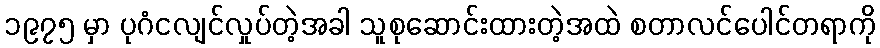
၁၉၇၅ မှာ ပုဂံငလျင်လှုပ်တဲ့အခါ သူစုဆောင်းထားတဲ့အထဲ စတာလင်ပေါင်တရာကို